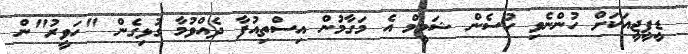
ޑީޕީޖީއަކަށް ހުންނެވި ހުސެން ޝަމީމް އެ މަގާމުން އިސްތިއުފާ ދެއްވުމާ ގުޅިގެން "ހަވީރު"ން